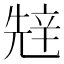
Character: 𰺧